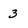
Character: 3